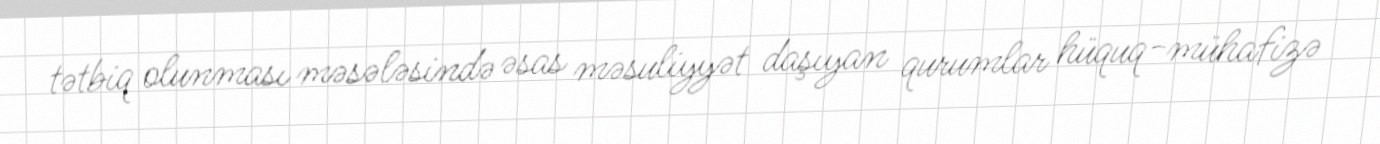
tətbiq olunması məsələsində əsas məsuliyyət daşıyan qurumlar hüquq-mühafizə